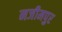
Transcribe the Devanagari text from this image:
नजीमपुर